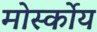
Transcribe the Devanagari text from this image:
मोर्स्कोय